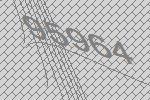
95964